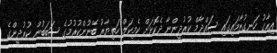
އިރާގު ހަނގުރާމައިގައި ސައްދާމް ކުރުދީންނާ ދެކޮޅަށް ކެމިކަލް ހަތިޔާރު ބޭނުންކުރުމުގެ ސަބަބުން ކުރުދީންގެ